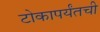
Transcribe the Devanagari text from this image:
टोकापर्यंतची